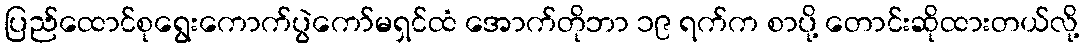
ပြည်ထောင်စုရွေးကောက်ပွဲကော်မရှင်ထံ အောက်တိုဘာ ၁၉ ရက်က စာပို့ တောင်းဆိုထားတယ်လို့